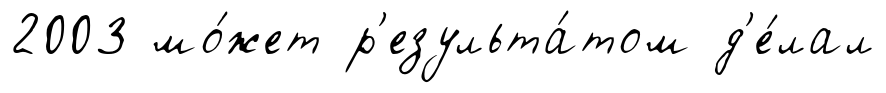
2003 мо́жет р'езульта́том д'е́лал